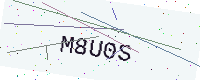
Text: M8U0S